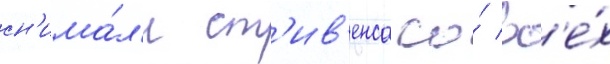
сн'има́л'и ст'ив'енса со́ вс'е́х